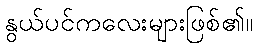
နွယ်ပင်ကလေးများဖြစ်၏။